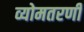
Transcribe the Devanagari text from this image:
व्योमतरणी